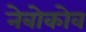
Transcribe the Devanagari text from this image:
नेबोकोव